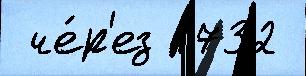
 че́р'ез 1732